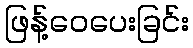
ဖြန့်ဝေပေးခြင်း